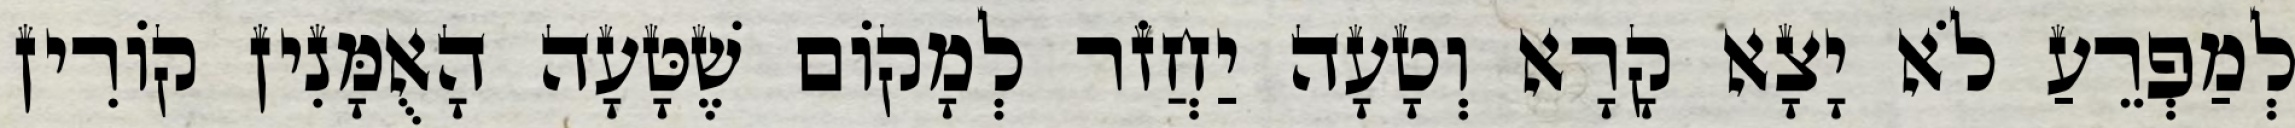
לְמַפְרֵעַ לֹא יָצָא קָרָא וְטָעָה יַחֲזֹר לְמָקוֹם שֶׁטָּעָה הָאֻמָּנִין קוֹרִין